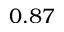
0 . 8 7